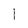
Character: l